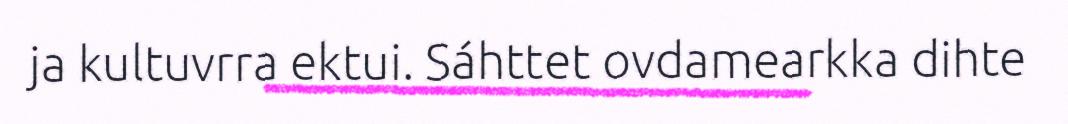
ja kultuvrra ektui. Sáhttet ovdamearkka dihte